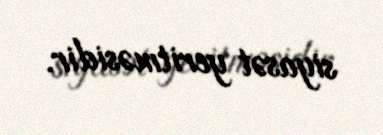
siyasət yeritməsidir.